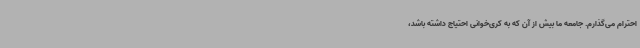
احترام می‌گذارم. جامعه ما بیش از آن که به کری‌خوانی احتیاج داشته باشد،